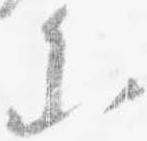
参